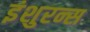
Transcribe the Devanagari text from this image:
इंशुरन्स